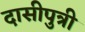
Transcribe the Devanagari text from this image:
दासीपुत्री